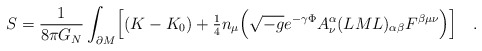
\begin{align*}S=\frac{1}{8\pi G_N} \int_{\partial M} \Bigl[ (K-K_0)+{\textstyle{\frac{1}{4}}} n_\mu \Bigl( \sqrt{-g} e^{-\gamma\Phi}A_\nu^{\alpha}(LML)_{\alpha\beta}F^{\beta\mu\nu} \Bigr) \Bigr]\quad .\end{align*}